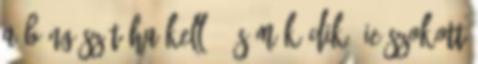
a böngészőt ha kell , és működik. IE szokott